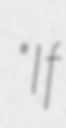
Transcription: "If